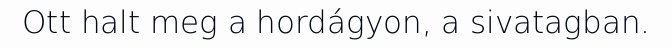
Ott halt meg a hordágyon, a sivatagban.